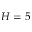
H = 5